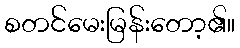
စတင်မေးမြန်းတော့၏။